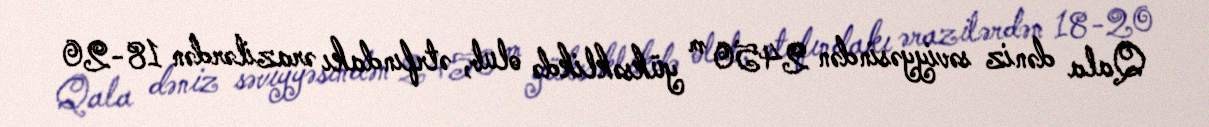
Qala dəniz səviyyəsindən 2450 m yüksəklikdə olub, ətrfındakı ərazilərdən 18-20